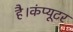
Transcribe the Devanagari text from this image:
है।कंप्यूटर